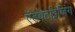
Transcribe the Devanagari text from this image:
ऍडवर्टाइजिंग